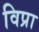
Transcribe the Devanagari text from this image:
विप्रा